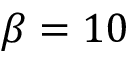
\beta = 1 0